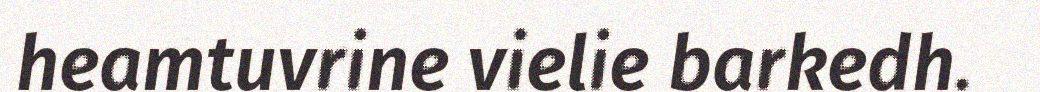
heamtuvrine vielie barkedh.